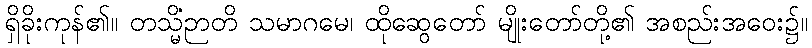
ရှိခိုးကုန်၏။ တသ္မိံဉာတိ သမာဂမေ၊ ထိုဆွေတော် မျိုးတော်တို့၏ အစည်းအဝေး၌။